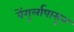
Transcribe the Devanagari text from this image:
वेंगुर्लापासून